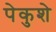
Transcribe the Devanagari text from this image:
पेकुशे